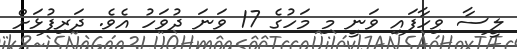
ލީސާ ވިހާފައި ވަނީ މި މަހުގެ 17 ވަނަ ދުވަހު އެވެ. ދަރިފުޅަށް